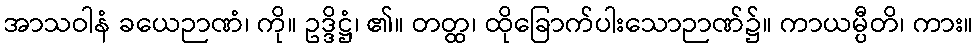
အာသဝါနံ ခယေဉာဏံ၊ ကို။ ဥဒ္ဒိဋ္ဌံ၊ ၏။ တတ္ထ၊ ထိုခြောက်ပါးသောဉာဏ်၌။ ကာယမ္ပီတိ၊ ကား။